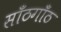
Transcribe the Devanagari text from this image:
साँठगाँठ